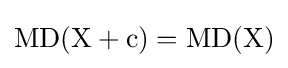
\mathrm {MD(X+c)=MD(X)}